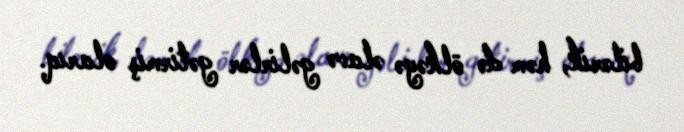
bilərik, həm də ölkəyə əlavə gəlirlər gətirmiş olarıq.